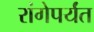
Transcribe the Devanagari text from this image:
रांगेपर्यंत